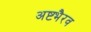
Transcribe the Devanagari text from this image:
अष्टभैरव